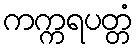
ကက္ကရပတ္တံ